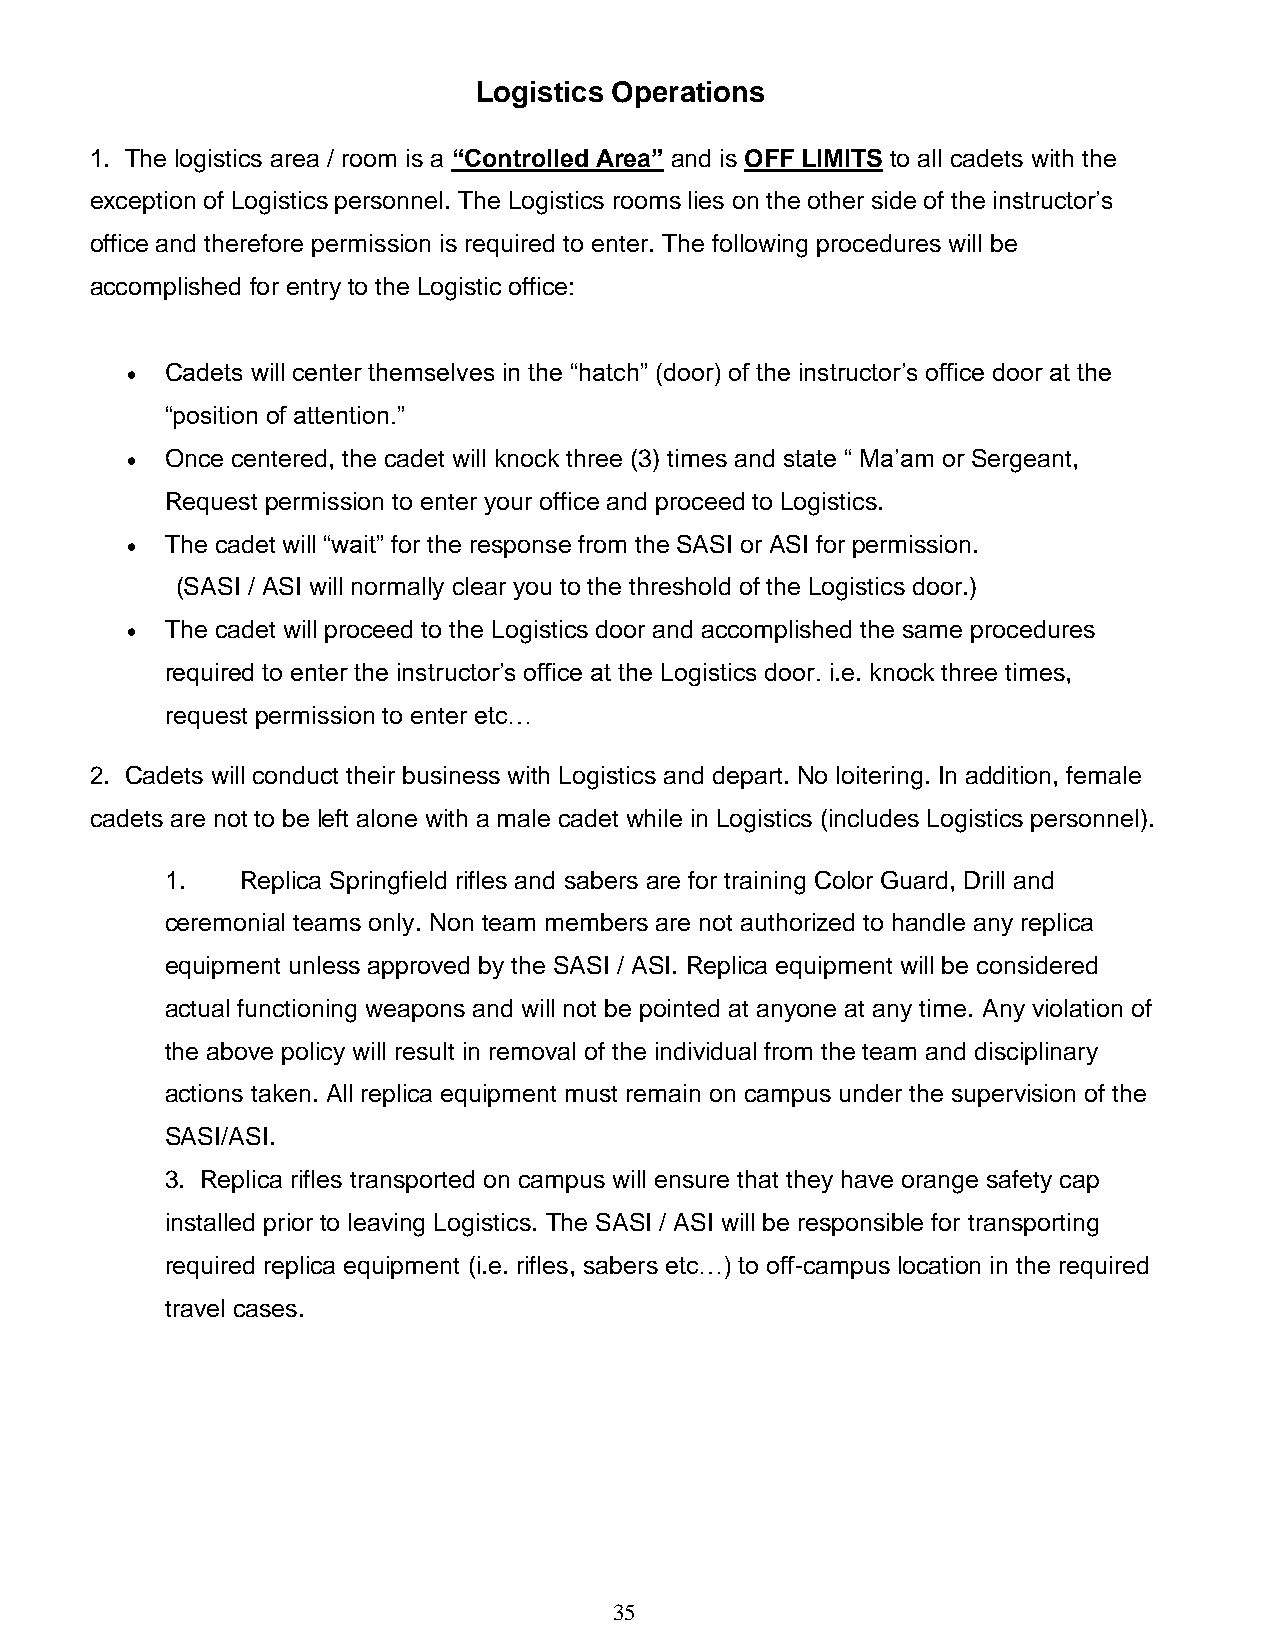
Logistics Operations
 1. The logistics area / room is a “Controlled Area” and is OFF LIMITS to all cadets with the
 exception of Logistics personnel. The Logistics rooms lies on the other side of the instructor’s
 office and therefore permission is required to enter. The following procedures will be
 accomplished for entry to the Logistic office:
 •  Cadets will center themselves in the “hatch” (door) of the instructor’s office door at the
 “position of attention.”
 •  Once centered, the cadet will knock three (3) times and state “ Ma’am or Sergeant,
 Request permission to enter your office and proceed to Logistics.
 •  The cadet will “wait” for the response from the SASI or ASI for permission.
 (SASI / ASI will normally clear you to the threshold of the Logistics door.)
 •  The cadet will proceed to the Logistics door and accomplished the same procedures
 required to enter the instructor’s office at the Logistics door. i.e. knock three times,
 request permission to enter etc…
 2. Cadets will conduct their business with Logistics and depart. No loitering. In addition, female
 cadets are not to be left alone with a male cadet while in Logistics (includes Logistics personnel).
 1.   Replica Springfield rifles and sabers are for training Color Guard, Drill and
 ceremonial teams only. Non team members are not authorized to handle any replica
 equipment unless approved by the SASI / ASI. Replica equipment will be considered
 actual functioning weapons and will not be pointed at anyone at any time. Any violation of
 the above policy will result in removal of the individual from the team and disciplinary
 actions taken. All replica equipment must remain on campus under the supervision of the
 SASI/ASI.
 3. Replica rifles transported on campus will ensure that they have orange safety cap
 installed prior to leaving Logistics. The SASI / ASI will be responsible for transporting
 required replica equipment (i.e. rifles, sabers etc…) to off-campus location in the required
 travel cases.
 35